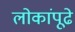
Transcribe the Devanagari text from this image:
लोकांपूढे